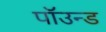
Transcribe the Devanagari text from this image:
पॉउन्ड